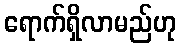
ရောက်ရှိလာမည်ဟု